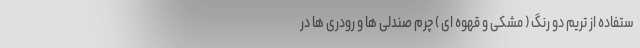
ستفاده از تریم دو رنگ ( مشکی و قهوه ای ) چرم صندلی ها و رودری ها در